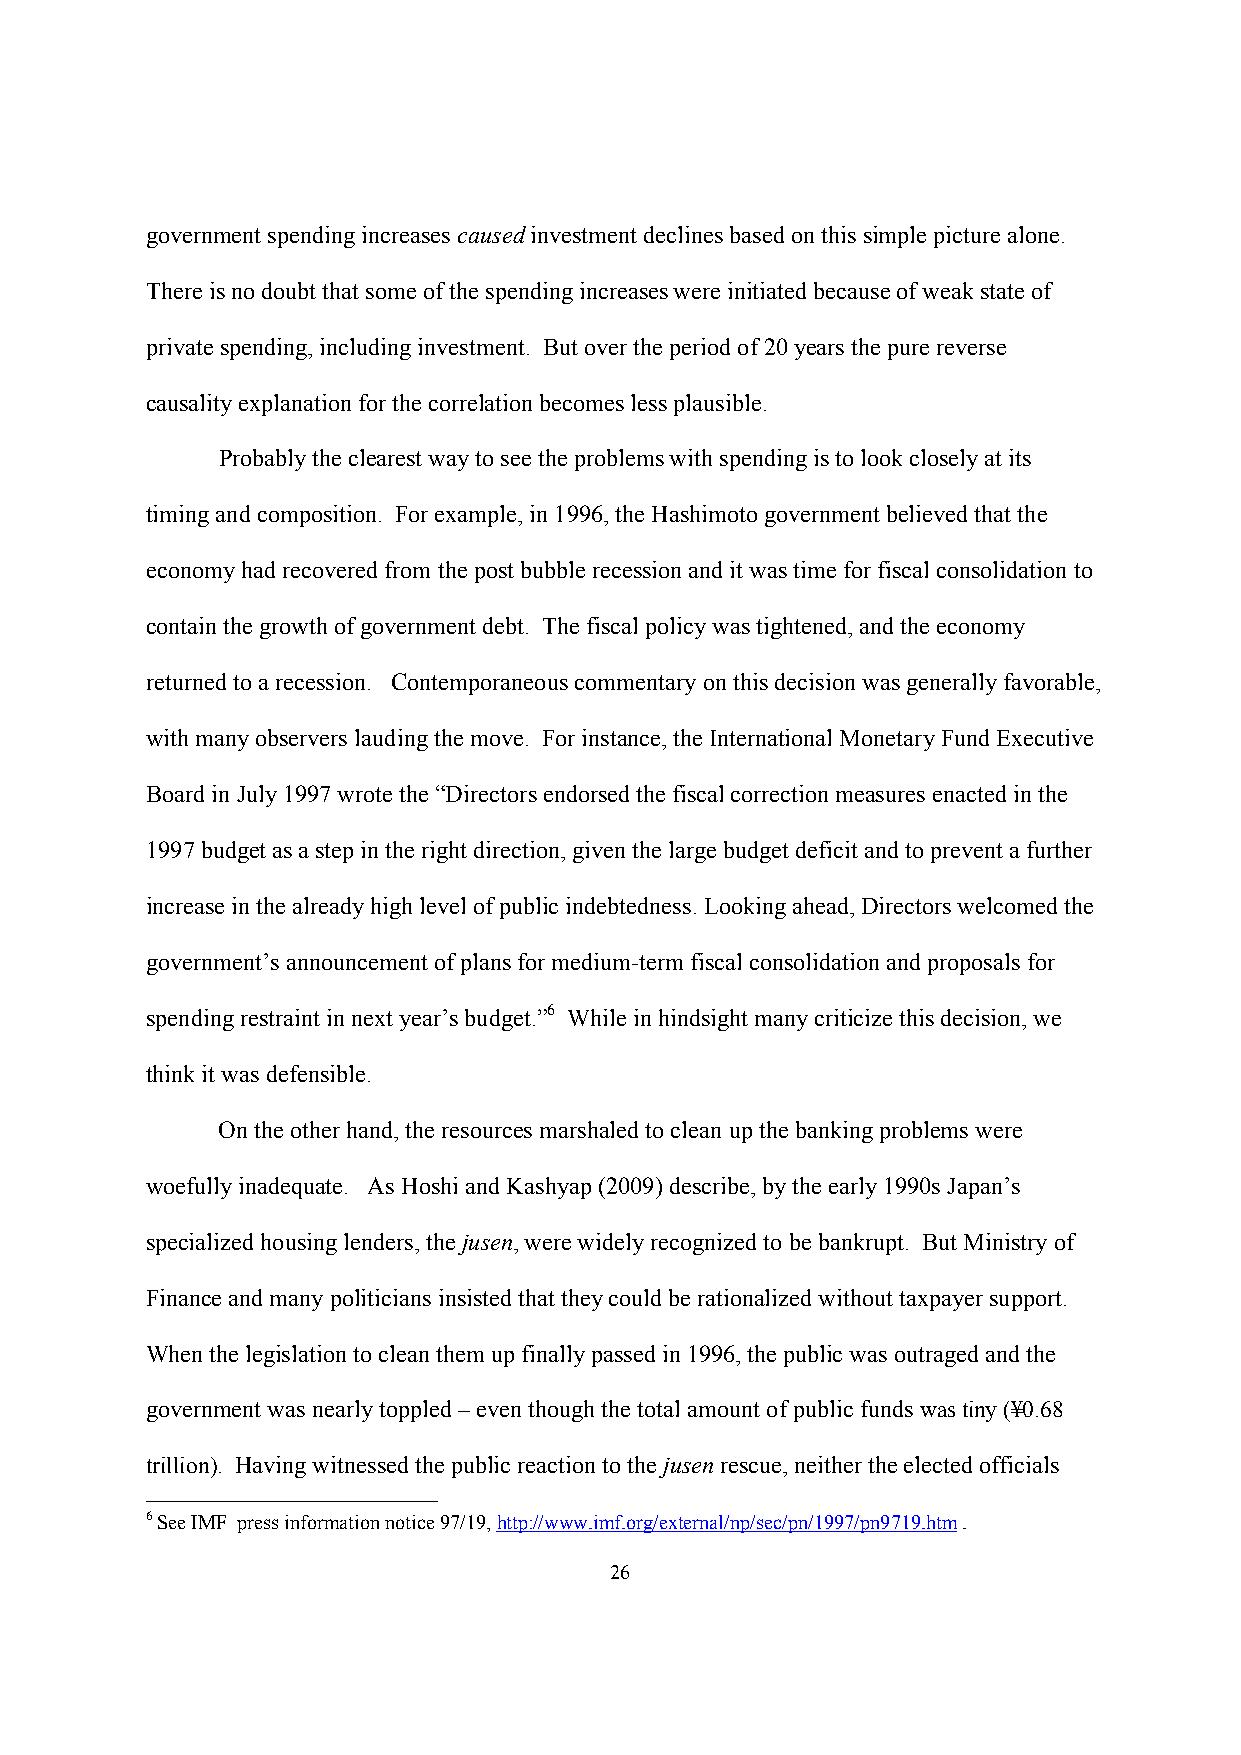
government spending increases caused investment declines based on this simple picture alone.
 There is no doubt that some of the spending increases were initiated because of weak state of
 private spending, including investment. But over the period of 20 years the pure reverse
 causality explanation for the correlation becomes less plausible.
 Probably the clearest way to see the problems with spending is to look closely at its
 timing and composition. For example, in 1996, the Hashimoto government believed that the
 economy had recovered from the post bubble recession and it was time for fiscal consolidation to
 contain the growth of government debt. The fiscal policy was tightened, and the economy
 returned to a recession. Contemporaneous commentary on this decision was generally favorable,
 with many observers lauding the move. For instance, the International Monetary Fund Executive
 Board in July 1997 wrote the “Directors endorsed the fiscal correction measures enacted in the
 1997 budget as a step in the right direction, given the large budget deficit and to prevent a further
 increase in the already high level of public indebtedness. Looking ahead, Directors welcomed the
 government’s announcement of plans for medium-term fiscal consolidation and proposals for
 spending restraint in next year’s budget.”6 While in hindsight many criticize this decision, we
 think it was defensible.
 On the other hand, the resources marshaled to clean up the banking problems were
 woefully inadequate. As Hoshi and Kashyap (2009) describe, by the early 1990s Japan’s
 specialized housing lenders, the jusen, were widely recognized to be bankrupt. But Ministry of
 Finance and many politicians insisted that they could be rationalized without taxpayer support.
 When the legislation to clean them up finally passed in 1996, the public was outraged and the
 government was nearly toppled – even though the total amount of public funds was tiny (¥0.68
 trillion). Having witnessed the public reaction to the jusen rescue, neither the elected officials
 6 See IMF press information notice 97/19, http://www.imf.org/external/np/sec/pn/1997/pn9719.htm .
 26